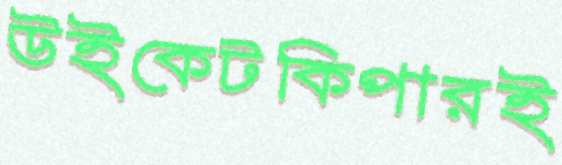
উইকেটকিপারই